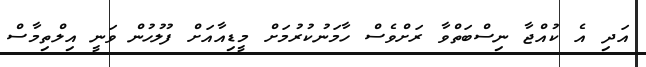
އަދި އެ ކުއްޖާ ނިސްބަތްވާ ރަށްވެސް ހާމަނުކުރުމަށް މީޑިއާއަށް ފުލުހުން ވަނީ އިލްތިމާސް